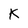
Character: K